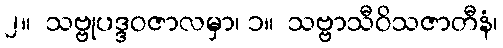
၂။  သဗ္ဗုပဒ္ဒဝဇာလမှာ၊ ၁။  သဗ္ဗာသီဝိသဇာတီနံ၊